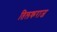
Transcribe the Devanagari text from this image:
तिलकराज